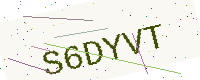
Text: S6DYVT